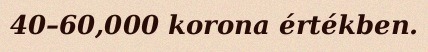
40–60,000 korona értékben.